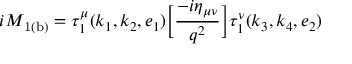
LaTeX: { i \cal M } _ { \mathrm { 1 ( b ) } } = \tau _ { 1 } ^ { \mu } ( k _ { 1 } , k _ { 2 } , e _ { 1 } ) \bigg [ \frac { - i { \eta } _ { \mu \nu } } { q ^ { 2 } } \bigg ] \tau _ { 1 } ^ { \nu } ( k _ { 3 } , k _ { 4 } , e _ { 2 } )